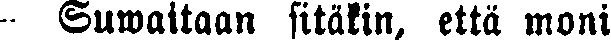
- Suwaitaan sitäkin, että moni